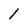
Character: 1